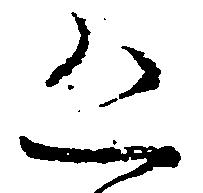
恐